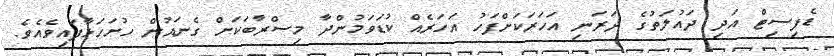
ޑެފިސިޓް އަދި ދައުލަތުގެ ދަރަނި އަހަރަކަށްފަހު އަހަރެއް ކުޑަވަމުންދާ މިސްރާބަކަށް ގެނައުން ހުށަހަޅާފައިވެއެވެ.